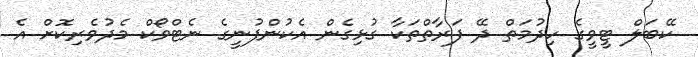
ކޭބަލް ޓީވީގެ ހިދުމަތް ދޭ ފަރާތްތަކާ ގުޅިގެން އެކުންފުނީގެ ނެޓްވޯކް މެދުވެރިކޮށް އެ